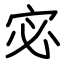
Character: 宓